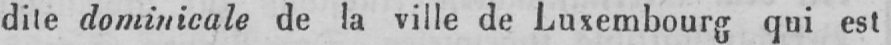
dite dominicale de la ville de Luxembourg qui est